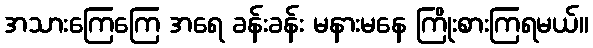
အသားကြေကြေ အရေ ခန်းခန်း မနားမနေ ကြိုးစားကြရမယ်။